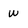
Character: W